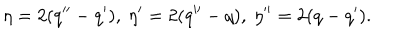
LaTeX: \eta = 2 ( q ^ { \prime \prime } - q ^ { \prime } ) , \ \eta ^ { \prime } = 2 ( q ^ { \prime \prime } - q ) , \ \eta ^ { \prime \prime } = 2 ( q - q ^ { \prime } ) .